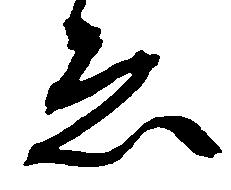
ゑ